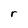
Character: r